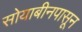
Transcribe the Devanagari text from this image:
सोयाबीनपासून